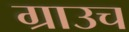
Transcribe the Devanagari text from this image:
ग्राउच